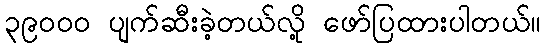
၃၉၀၀၀ ပျက်ဆီးခဲ့တယ်လို့ ဖော်ပြထားပါတယ်။